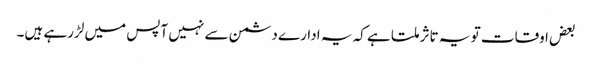
بعض اوقات تو یہ تاثر ملتا ہے کہ یہ ادارے دشمن سے نہیں آپس میں لڑرہے ہیں۔